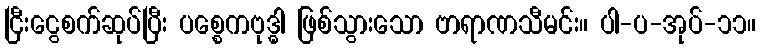
ငြီးငွေစက်ဆုပ်ပြီး ပစ္စေကဗုဒ္ဓါ ဖြစ်သွားသော ဗာရာဏသီမင်း။ ပါ-ပ-အုပ်-၁၁။